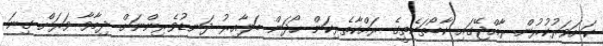
ކަށަވަރުކުރުން. ރާއްޖޭގައި ކާބޯތަކެތީގެ ރައްކާތެރިކަން ހޯދަން ބަލާއިރު ދަނޑުވެރިންނަށް ދިމާވާ ވަރަށް ގިނަ